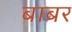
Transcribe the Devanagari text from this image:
बाबर